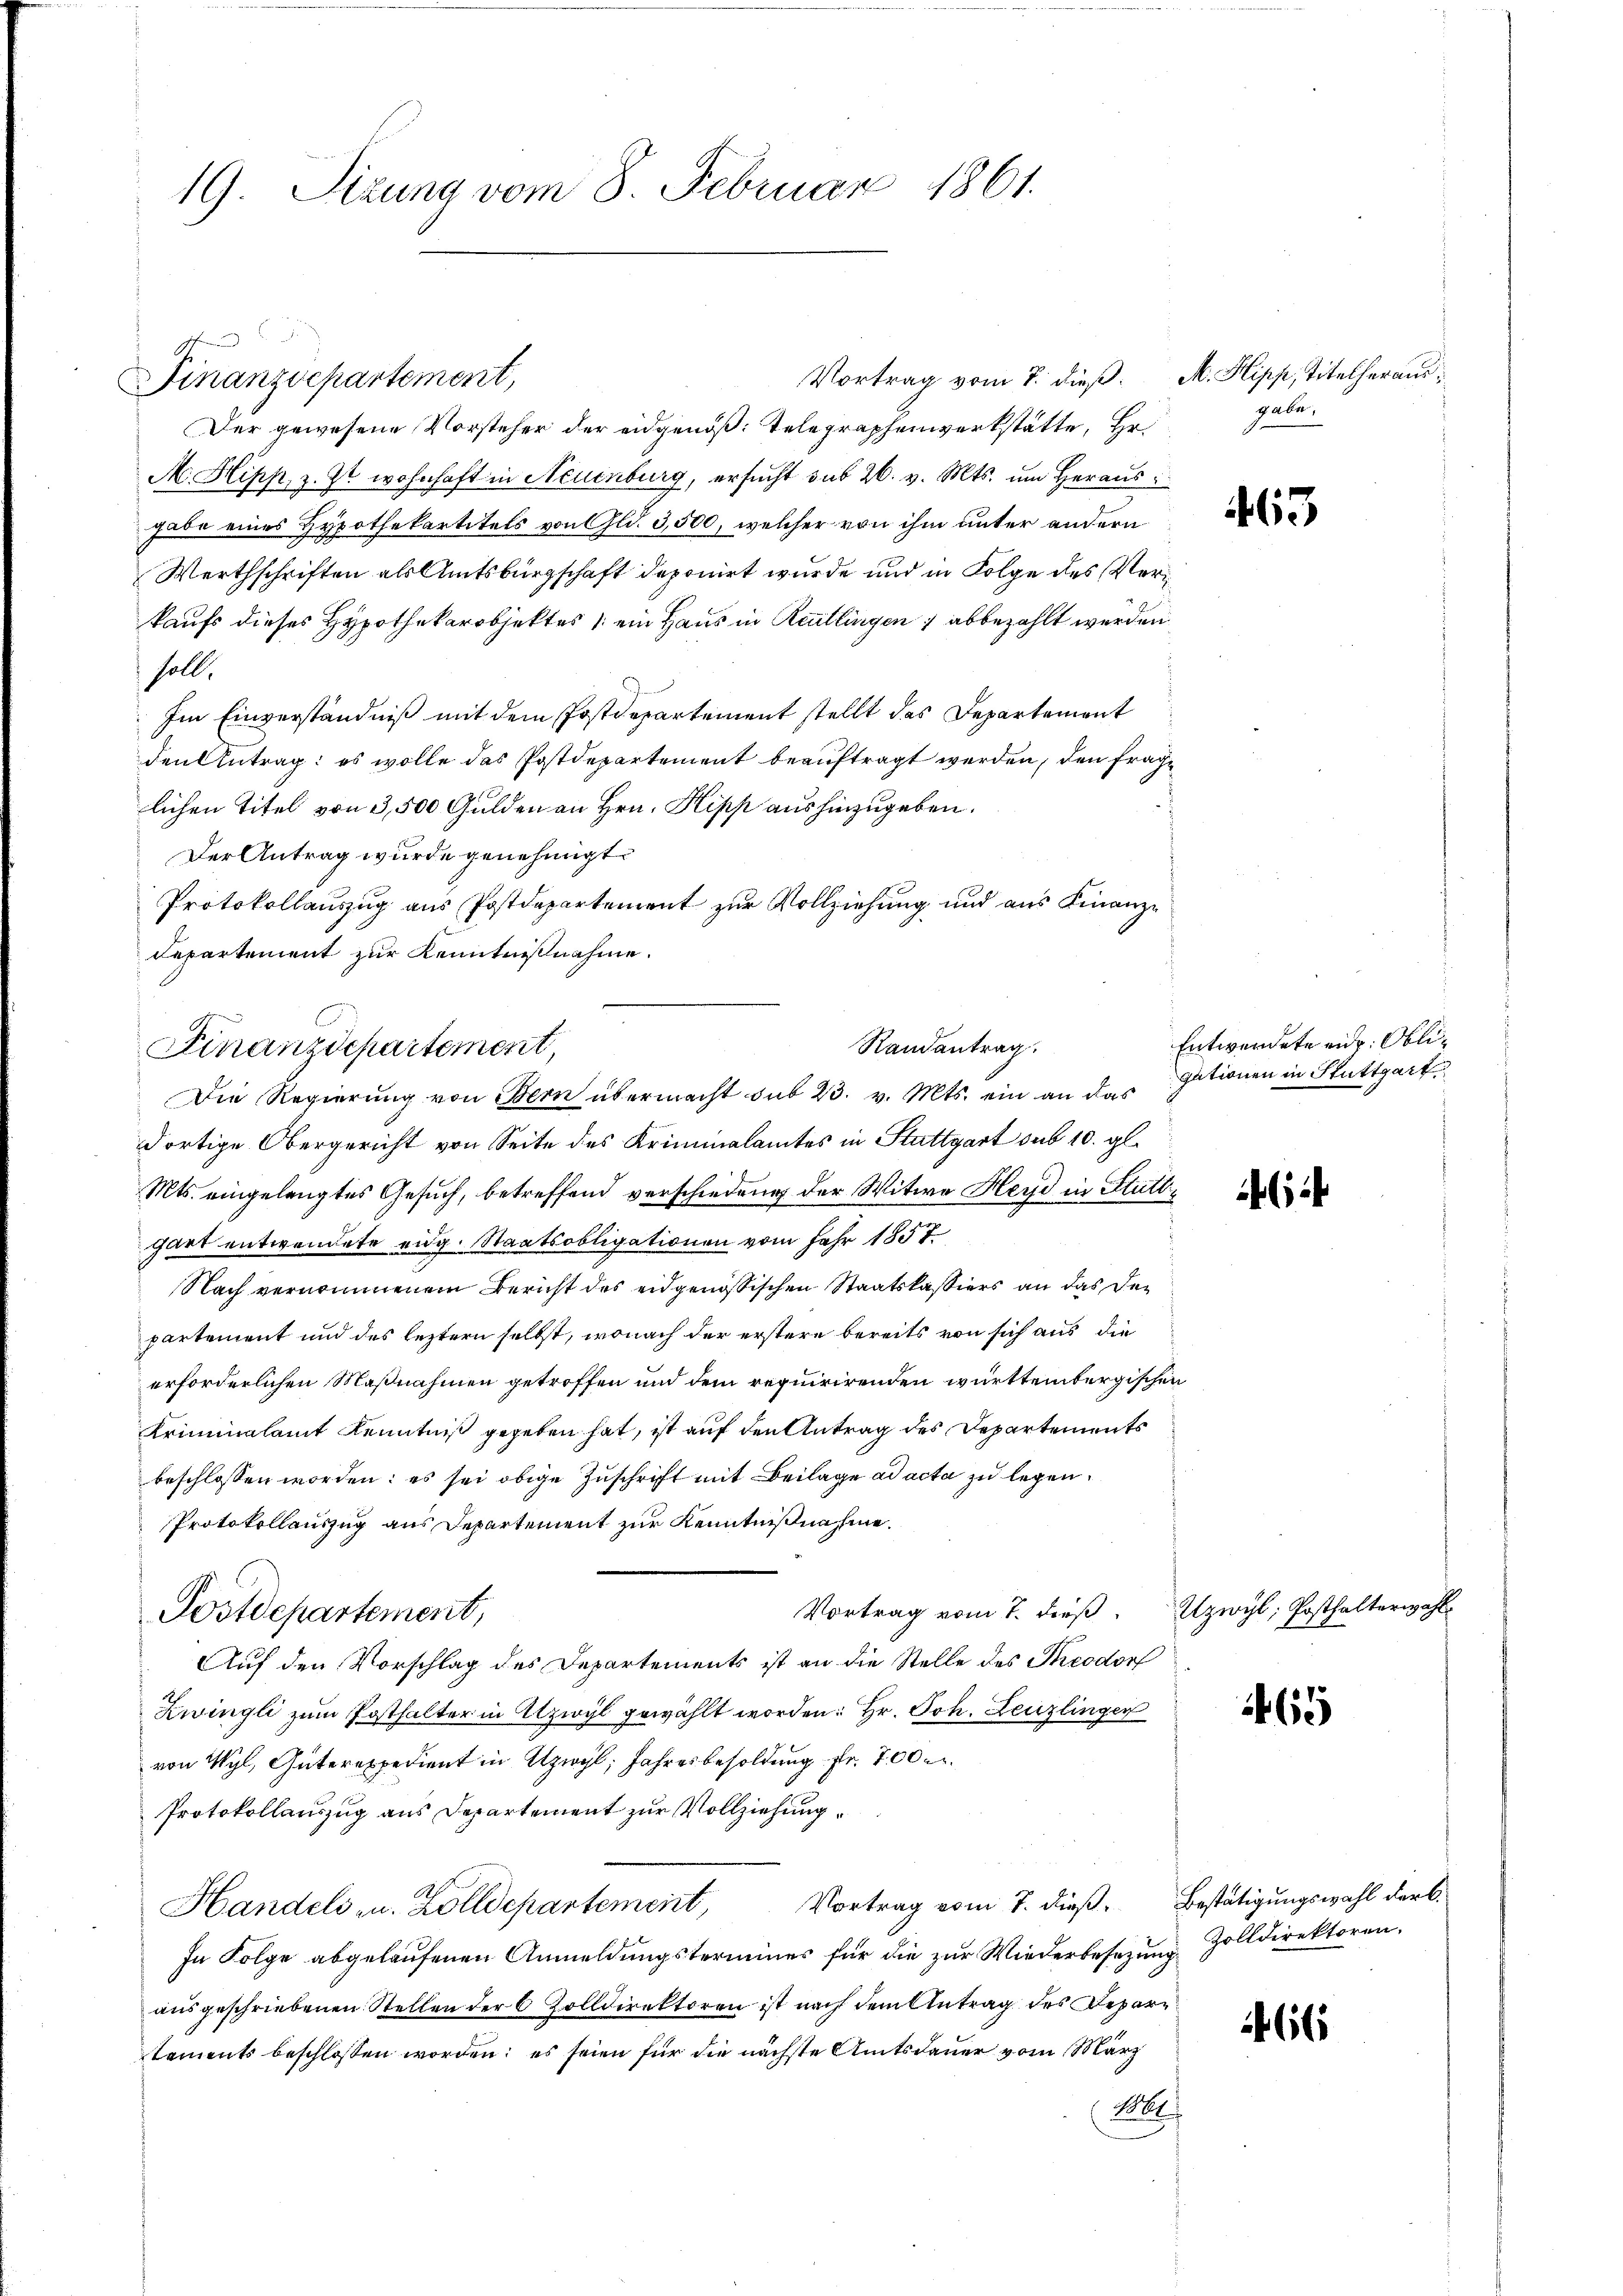
19. Sizung vom 8. Februar 1861.

Vortrag vom 7. dieß M. Hipp, Titelheraus¬
Finanzdepartement,
Der gewesene Vorsteher der eidgenöß: Telegraphenwerkstätte, Hr.
M. Hipp, z. Zt. wohnhaft in Neuenburg, ersucht sub 26. v. Mts. um Heraus
gabe eines Hypothekartitels von Gld. 3,500, welcher von ihm unter andern
Werthschriften als Amtsbürgschaft deponirt wurde und in Folge des Ver
kaufs dieses Hypothekarobjektes (ein Haus in Reutlingen ; abbezahlt werden
soll.
Im Einverständniß mit dem Postdepartement stellt das Departement
den Antrag: es wolle das Postdepartement beauftragt werden, den fraglichen Titel von 3,500 Gulden an Hrn. Klipp aushinzugeben.
Der Antrag wurde genehmigt.
Protokollauszug aus Postdepartement zur Vollziehung und aus Finanz¬
Departement zur Kenntnißnahme.
dortige Obergericht von Seite des Kriminalamtes in Stattgart sub 10. gl.
Mts. eingelangtes Gesuch, betreffend verschiedung der Witwe Heyd in Stuttgart entwendete eidg. Staatsobligationen vom Jahr 1857.
Nach vernommenem Bericht des eidgenößischen Staatskassiers an das der
partement und des leztern selbst, wonach der erstere bereits von sich aus die
erforderlichen Maßnahmen getroffen und dem requirirenden württembergischen
Kriminalamt Kenntniß gegeben hat, ist auf den Antrag des Departements
beschlossen worden; es sei obige Zuschrift mit Beilage ad acta zu legen.
Protokollauszug aus Departement zur Kenntnißnahme.
Vortrag vom 7. dieß. Uzwyl, Posthalterwahl
Postdepartement,
Auf den Vorschlag des Departements ist an die Stelle des Theodorf
Zwingli zum Posthalter in Atzwyl gewählt worden: Hr. Joh. Leuzlinger
von Wyl, Güterexpedient in Azwyl, Jahresbesoldung fr. 700
Protokollauszug aus Departement zur Vollziehung
Vortrag vom 7. dieß Bestätigungswahl der C.
Handels u. Zolldepartement,
In Folge abgelaufenen Anmeldungstermines für die zur Wiederbesezung Zolldirektoren.
ausgeschriebenen Stellen der 6 Zolldirektoren ist nach dem Antrag des Deparements beschlossen worden; es seien für die nächste Amtsdauer vom März
16

Randantrag.
Finanzdepartement,
Die Regierung von Bern übermacht sub 23. v. Mts. ein an das

gabe.

63

Entwendete eid. Obligationen in Stuttgart

65

66